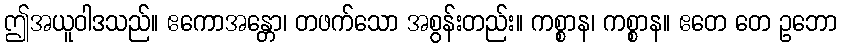
ဤအယူဝါဒသည်။ ဧကောအန္တော၊ တဖက်သော အစွန်းတည်း။ ကစ္စာန၊ ကစ္စာန။ ဧတေ တေ ဥဘော